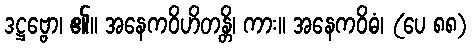
ဒဋ္ဌဗ္ဗော၊ ၏။ အနေကဝိဟိတန္တိ၊ ကား။ အနေကဝိဓံ၊ (ပေ ၈၈)